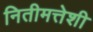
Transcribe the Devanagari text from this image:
नितीमत्तेशी